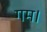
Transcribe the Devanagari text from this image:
गम।